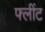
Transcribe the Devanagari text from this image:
फ्लींट